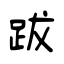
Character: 跋